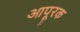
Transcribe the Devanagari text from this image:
आपूरक